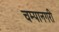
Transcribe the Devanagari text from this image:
चम्पानगरी